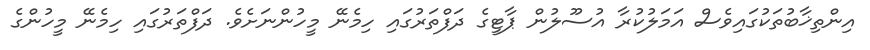
އިންތިޚާބުތަކުގައިވެސް އަމަލުކުރާ އުސޫލުން ޕާޓީގެ ދަފްތަރުގައި ހިމެނޭ މީހުންނަށެވެ. ދަފްތަރުގައި ހިމެނޭ މީހުންގެ